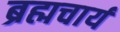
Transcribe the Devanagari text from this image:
ब्रह्मचार्य